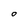
Character: O